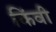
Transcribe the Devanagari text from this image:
किंवी